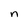
Character: n